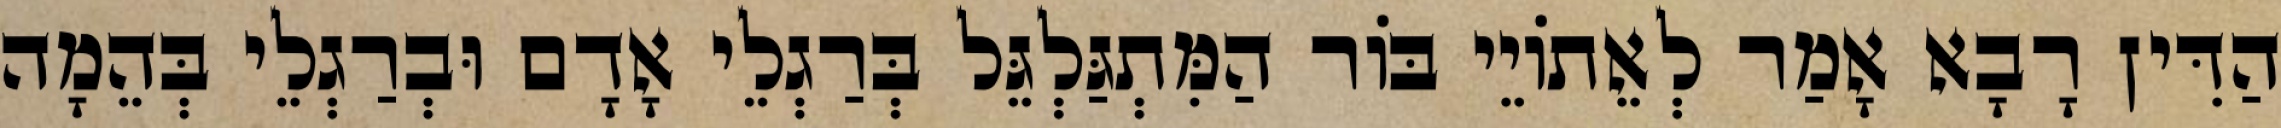
הַדִּין רָבָא אָמַר לְאֵתוֹיֵי בּוֹר הַמִּתְגַּלְגֵּל בְּרַגְלֵי אָדָם וּבְרַגְלֵי בְּהֵמָה